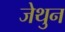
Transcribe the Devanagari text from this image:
जेथुन